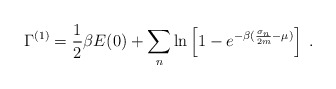
\begin{align*}\Gamma^{(1)} =\frac{1}{2}\beta E(0)+ \sum_{n}\ln \left[1-e^{-\beta (\frac{\sigma_{n}}{2m}-\mu)}\right]\;.\end{align*}